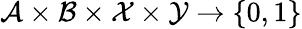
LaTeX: \mathcal{A}\times\mathcal{B}\times\mathcal{X}\times\mathcal{Y}\rightarrow\{ 0,1\}